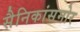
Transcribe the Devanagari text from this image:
सैनिकांसमोर